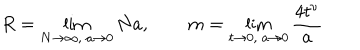
LaTeX: R = \lim _ { N \to \infty , \ a \to 0 } N a , \qquad m = \lim _ { t \to 0 , \ a \to 0 } \frac { 4 t ^ { \nu } } { a }